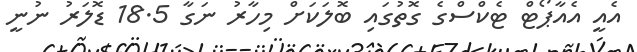
އެއީ އެއާޕޯޓް ޓެކްސްގެ ގޮތުގައި ބޮލަކަށް މިހާރު ނަގާ 18.5 ޑޮލަރު ނުނީ